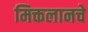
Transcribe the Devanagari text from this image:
मिक्तलानचे